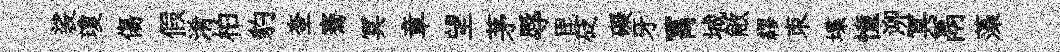
裟瓊傷假淆柏豹奎騫冥章望茅辱毘砭礙牙罥城敝繆朿堞憧泖冥鬲藻